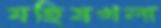
মহিষখলা